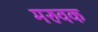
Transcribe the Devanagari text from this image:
मरुवक